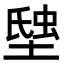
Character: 𧋗